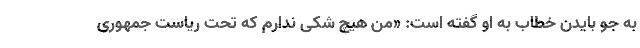
به جو بایدن خطاب به او گفته است: «من هیچ شکی ندارم که تحت ریاست جمهوری